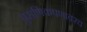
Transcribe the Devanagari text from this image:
पुराणिकपणावरच